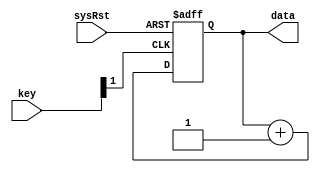
`timescale 1ns / 1ps
module dataGenerator(
	 input sysRst,
    input [1:0]key,
    output reg [3:0]data
);
wire reduceKey;
assign reduceKey = key[1];
always @( posedge reduceKey or negedge sysRst) begin
    if(!sysRst)
        data<=0;
    else
		  data<=data+1;
end

endmodule

module testDataGenerator();
	reg sysRst;
	reg [1:0]key;
	wire [3:0]data;
	dataGenerator U1(
	.sysRst(sysRst),
	.key(key),
	.data(data));
	initial begin
	sysRst =1;
	key=0;
	#5 sysRst=0;
	#5 sysRst=1;
	#20 key[0]=1;
	#20 key[0]=0;
	#20 key[0]=1;
	#20 key[0]=0;
	#20 key[0]=1;
	#20 key[0]=0;
	#20 key[0]=1;
	#20 key[0]=0;
	end

endmodule